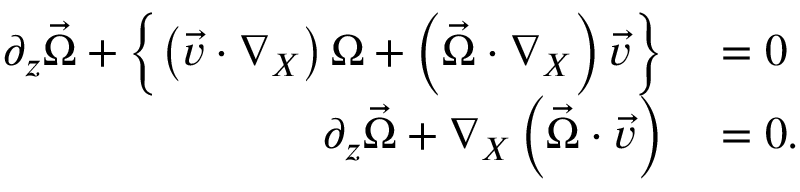
\begin{array} { r l } { \partial _ { z } \vec { \Omega } + \left\{ \left( \vec { v } \cdot \nabla _ { X } \right) \Omega + \left( \vec { \Omega } \cdot \nabla _ { X } \right) \vec { v } \right\} } & { { } = 0 } \\ { \partial _ { z } \vec { \Omega } + \nabla _ { X } \left( \vec { \Omega } \cdot \vec { v } \right) } & { { } = 0 . } \end{array}